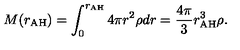
M ( r _ { \mathrm { A H } } ) = \int _ { 0 } ^ { r _ { \mathrm { A H } } } 4 \pi r ^ { 2 } \rho d r = \frac { 4 \pi } { 3 } r _ { \mathrm { A H } } ^ { 3 } \rho .